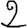
Digit: 2